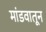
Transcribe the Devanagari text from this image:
मांडवातून